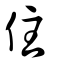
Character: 住